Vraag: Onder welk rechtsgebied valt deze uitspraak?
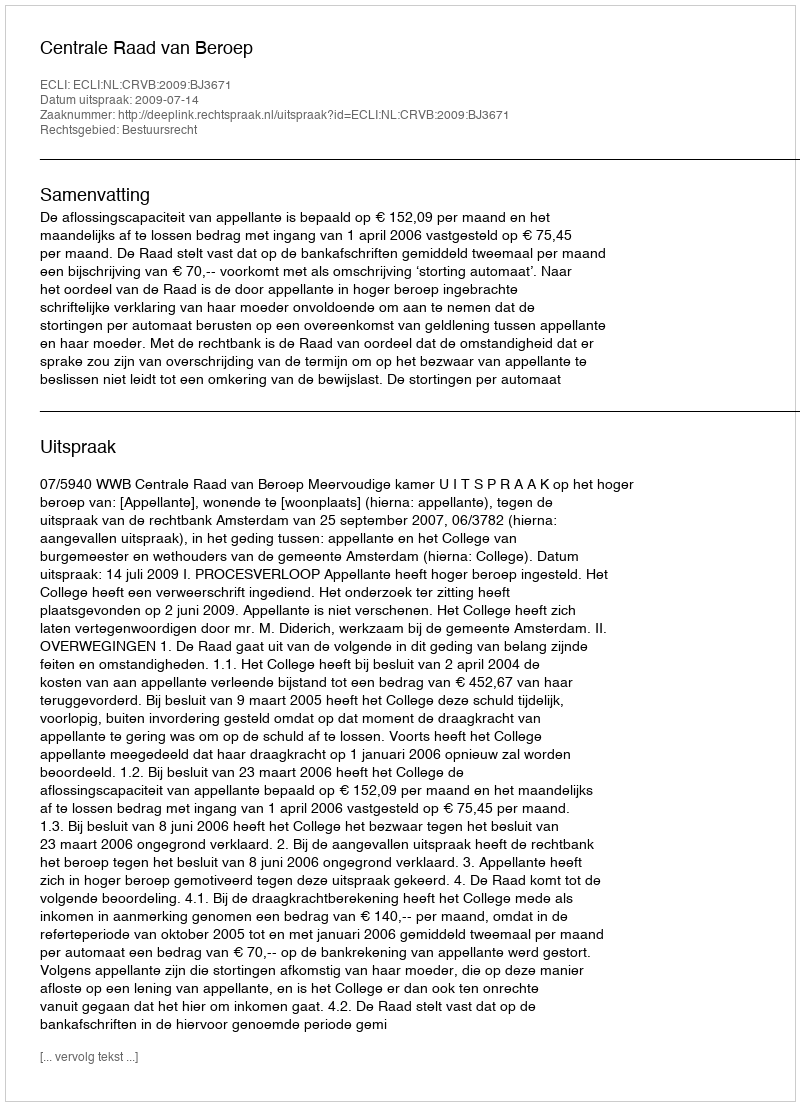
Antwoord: Bestuursrecht